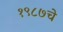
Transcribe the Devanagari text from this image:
१९८७चे